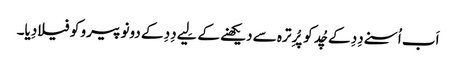
اَب اُسنے دِدِ کے چُد کو پُرِ ترہ سے دیکھنے کے لِیے دِدِ کے دونو پیرو کو فیلا دِیا۔